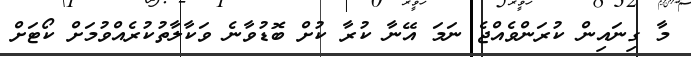
މާ ގިނައިން ކުރަންވެއްޖެ ނަމަ އޭނާ ކުރާ ކުށް ބޮޑުވާނެ ވަކާލާތުކުރެއްވުމަށް ކޯޓަށް